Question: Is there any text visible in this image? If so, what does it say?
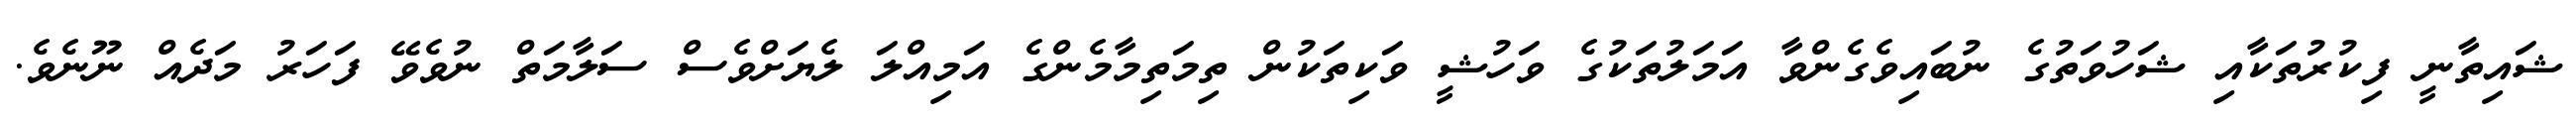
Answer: ޝައިތާނީ ފިކުރުތަކާއި ޝަހުވަތުގެ ނުބައިވެގެންވާ އަމަލުތަކުގެ ވަހުޝީ ވަކިތަކުން ތިމަތިމާމެންގެ އަމިއްލަ ލެޔަށްވެސް ސަލާމަތް ނުވެވޭ ފަހަރު މަދެއް ނޫނެވެ.